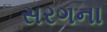
સરગના